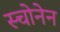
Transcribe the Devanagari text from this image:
स्चोनेन